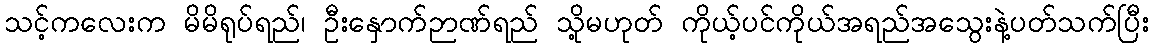
သင့်ကလေးက မိမိရုပ်ရည်၊ ဦးနှောက်ဉာဏ်ရည် သို့မဟုတ် ကိုယ့်ပင်ကိုယ်အရည်အသွေးနဲ့ပတ်သက်ပြီး